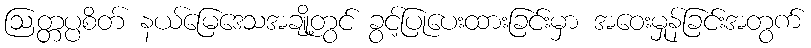
ဩတ္တပ္ပစိတ် နယ်မြေဒေသအချို့တွင် ခွင့်ပြုပေးထားခြင်းမှာ အဝေးမှုန်ခြင်းအတွက်